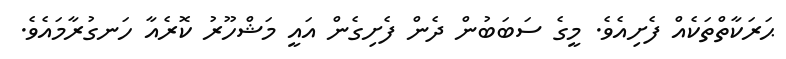
ޙަރަކާތްތަކެއް ފެށިއެވެ. މީގެ ސަބަބުން ދެން ފެށިގެން އައީ މަޝްހޫރު ކޮރެއާ ހަނގުރާމައެވެ.